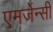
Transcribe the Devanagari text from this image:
एमर्जेन्सी